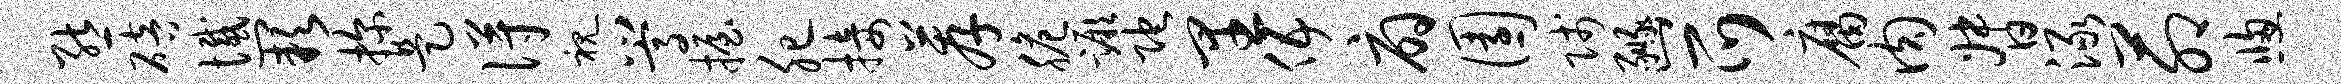
熊碚憾缺探是得视嵩握肥接荐脆蹶陀里伍扇园贱豳爪腐肉督渌茆窗